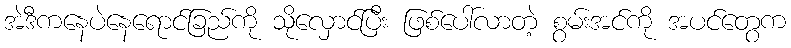
အဲဒီကနေပဲနေရောင်ခြည်ကို သိုလှောင်ပြီး ဖြစ်ပေါ်လာတဲ့ စွမ်းအင်ကို အပင်တွေက